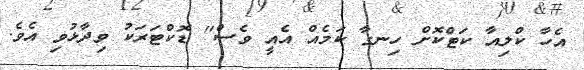
އެހާ ކްލިއާ ކަޓްކޮށް ހިނގާ ކަމެއް އެއީ ވެސް" ޑޮކްޓަރަކު ވިދާޅުވި އެވެ.